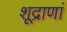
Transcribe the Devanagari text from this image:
शूद्राणां